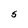
Character: S